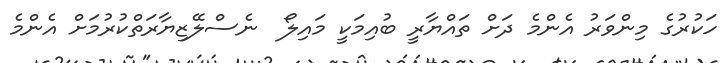
ހަކުރުގެ މިންވަރު އެންމެ ދަށް ތައްޔާރީ ބުއިމަކީ މައިލޯ  ނެސްލޭޒިޔާރަތްކުރުމަށް އެންމެ